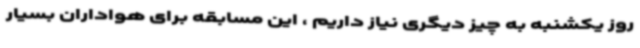
روز یکشنبه به چیز دیگری نیاز داریم ، این مسابقه برای هواداران بسیار